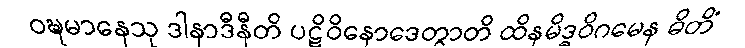
ဝဍ္ဎမာနေသု ဒါနာဒီနီတိ ပဋိဝိနောဒေတွာတိ ထိနမိဒ္ဓဝိဂမေန ဓိတိံ